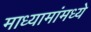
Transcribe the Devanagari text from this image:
माध्यामांमध्ये